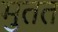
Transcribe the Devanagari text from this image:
मुतत